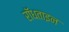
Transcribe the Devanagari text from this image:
रॉधताइन